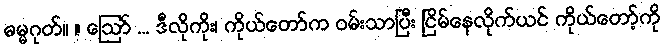
ဓမ္မဂုတ်။ ။ ဩော် ... ဒီလိုကိုး၊ ကိုယ်တော်က ဝမ်းသာပြီး ငြိမ်နေလိုက်ယင် ကိုယ်တော့်ကို